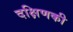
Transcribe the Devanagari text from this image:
दक्षिणकी